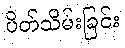
ပိတ်သိမ်းခြင်း